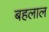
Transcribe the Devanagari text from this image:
बहलाल